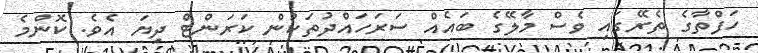
ހަފްތާގެ ތެރޭގައި ވެސް މާލޭގެ ބައެއް ސަރަހައްދުތަކުން ކަރަންޓް ދިޔަ އެވެ. ކޮންމެ